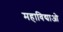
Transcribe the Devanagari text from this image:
महाविद्याओ